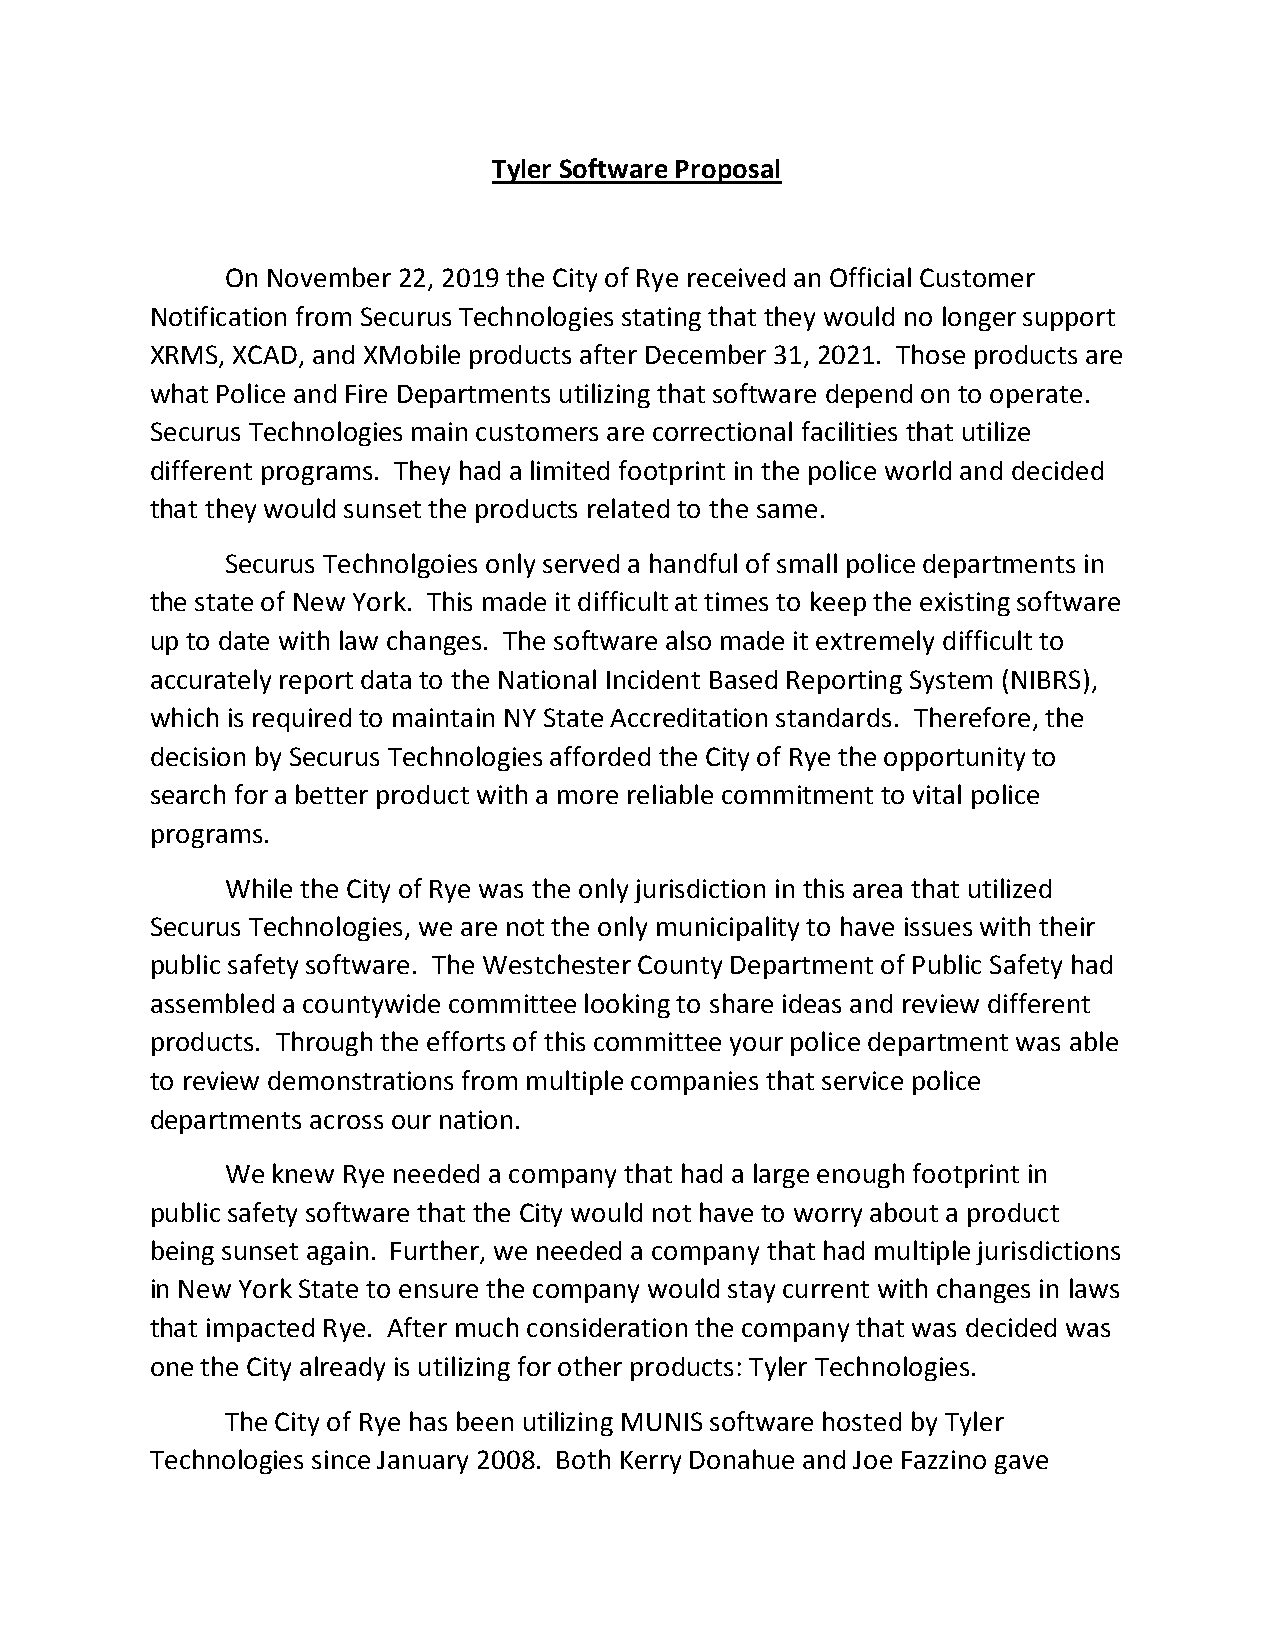
Tyler Software Proposal
 On November 22, 2019 the City of Rye received an Official Customer
 Notification from Securus Technologies stating that they would no longer support
 XRMS, XCAD, and XMobile products after December 31, 2021. Those products are
 what Police and Fire Departments utilizing that software depend on to operate.
 Securus Technologies main customers are correctional facilities that utilize
 different programs. They had a limited footprint in the police world and decided
 that they would sunset the products related to the same.
 Securus Technolgoies only served a handful of small police departments in
 the state of New York. This made it difficult at times to keep the existing software
 up to date with law changes. The software also made it extremely difficult to
 accurately report data to the National Incident Based Reporting System (NIBRS),
 which is required to maintain NY State Accreditation standards. Therefore, the
 decision by Securus Technologies afforded the City of Rye the opportunity to
 search for a better product with a more reliable commitment to vital police
 programs.
 While the City of Rye was the only jurisdiction in this area that utilized
 Securus Technologies, we are not the only municipality to have issues with their
 public safety software. The Westchester County Department of Public Safety had
 assembled a countywide committee looking to share ideas and review different
 products. Through the efforts of this committee your police department was able
 to review demonstrations from multiple companies that service police
 departments across our nation.
 We knew Rye needed a company that had a large enough footprint in
 public safety software that the City would not have to worry about a product
 being sunset again. Further, we needed a company that had multiple jurisdictions
 in New York State to ensure the company would stay current with changes in laws
 that impacted Rye. After much consideration the company that was decided was
 one the City already is utilizing for other products: Tyler Technologies.
 The City of Rye has been utilizing MUNIS software hosted by Tyler
 Technologies since January 2008. Both Kerry Donahue and Joe Fazzino gave